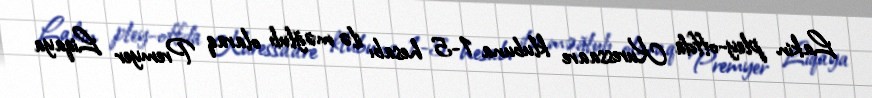
Lakin pley-offda Kuressaare klubuna 1-5 hesabı ilə məğlub olaraq Premyer Liqaya